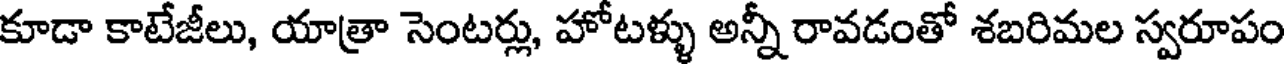
కూడా కాటేజీలు, యాత్రా సెంటర్లు, హోటళ్ళు అన్నీ రావడంతో శబరిమల స్వరూపం